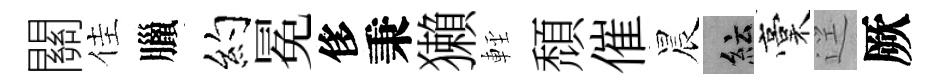
關佳臘约冕侈秉獺䡖頹催晨紜稾逕厥